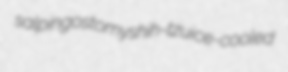
salpingostomy shih-tzu ice-cooled